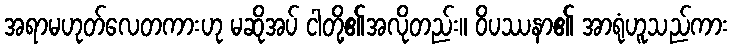
အရာမဟုတ်လေတကားဟု မဆိုအပ် ငါတို့၏အလိုတည်း။ ဝိပဿနာ၏ အာရုံဟူသည်ကား